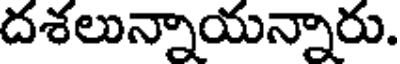
దశలున్నాయన్నారు.